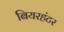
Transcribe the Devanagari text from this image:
बियरहंटर